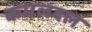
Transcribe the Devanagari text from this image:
कमलदल